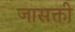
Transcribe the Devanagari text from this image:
जासक्ती